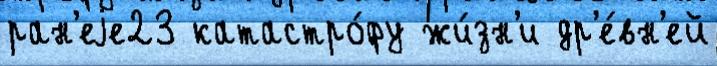
ран'еjе23 катастро́фу жи́зн'и др'е́вн'ей